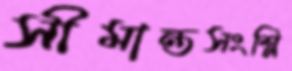
সীমান্তসংশ্লি